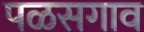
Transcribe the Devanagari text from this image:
पळसगाव